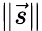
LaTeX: \| {\vec{s}}\|